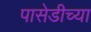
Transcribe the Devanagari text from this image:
पासेडीच्या